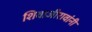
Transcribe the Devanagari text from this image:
शिवाजीरावांनी